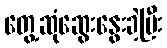
တွေ့ဆုံဆွေးနွေးခဲ့ပြီး